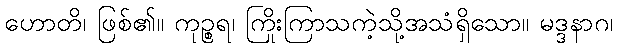
ဟောတိ၊ ဖြစ်၏။ ကုဉ္စရ၊ ကြိုးကြာသကဲ့သို့အသံရှိသော။ မဒ္ဒနာဂ၊